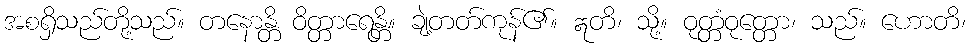
အစရှိသည်တို့သည်။ တနောန္တိ ဝိတ္တာရေန္တိ။ ချဲ့တတ်ကုန်၏။ ဣတိ၊ သို့။ ဝုတ္တံဝုတ္တော၊ သည်။ ဟောတိ၊